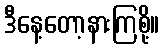
ဒီနေ့တော့နားကြစို့။